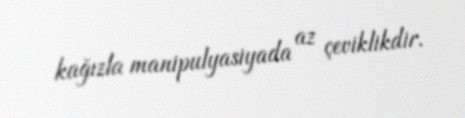
kağızla manipulyasiyada az çeviklikdir.